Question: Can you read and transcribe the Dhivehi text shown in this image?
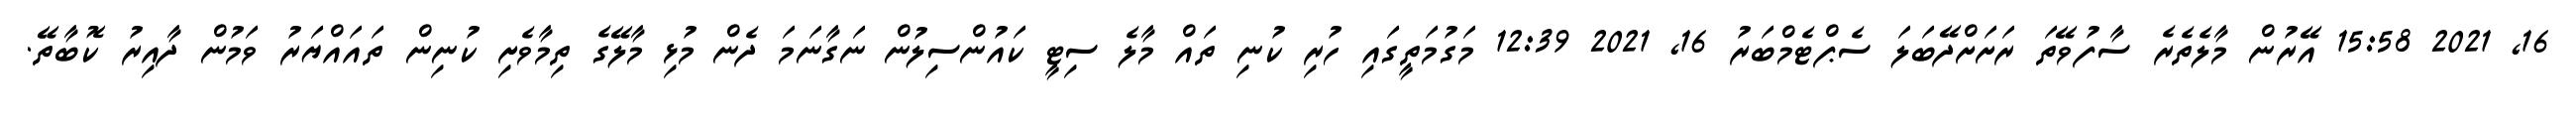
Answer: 16, 2021 15:58 އޭރުން މާލެތެރެ ސާފުވޭތަ ރަށަށްދޭބަލަ ސެޕްޓެމްބަރު 16, 2021 12:39 މަގުމަތީގައި ހުރި ކުނި ތައް މާލެ ސިޓީ ކައުންސިލުން ނަގާނަމަ ދެން މުޅި މާލޭގެ ތިމާވެށި ކުނިން ތައައްޔަރު ވަމުން ދާއިރު ކޮބާތޭ.